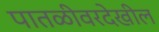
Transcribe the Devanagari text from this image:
पातळीवरदेखील